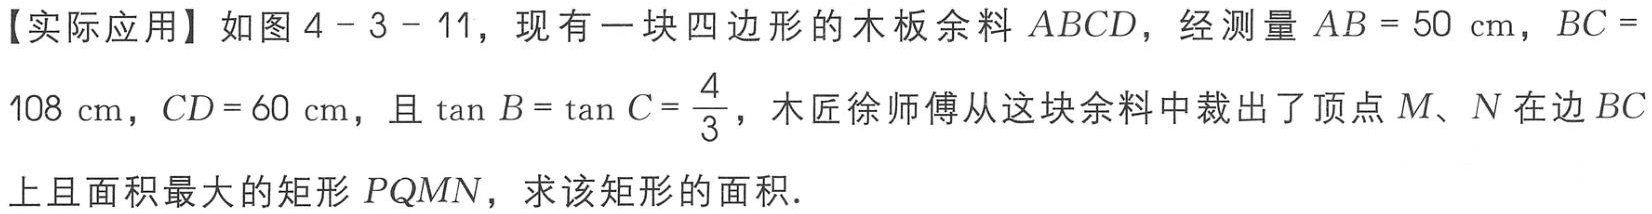
【实际应用】如图4 - 3 - 11，现有一块四边形的木板余料 \(ABCD\)，经测量 \(AB = 50\mathrm{cm}\)，\(BC = 108\mathrm{cm}\)，\(CD = 60\mathrm{cm}\)，且 \(\tan B=\tan C = \frac{4}{3}\)，木匠徐师傅从这块余料中裁出了顶点 \(M、N\)在边 \(BC\)上且面积最大的矩形 \(PQMN\)，求该矩形的面积.